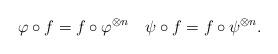
LaTeX: \begin{align*}\varphi\circ f=f\circ\varphi^{\otimes n}\quad\psi\circ f=f\circ\psi^{\otimes n}.\end{align*}